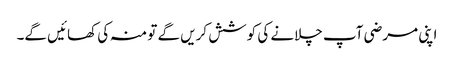
اپنی مرضی آپ چلانے کی کوشش کریں گے تو منہ کی کھائیں گے۔